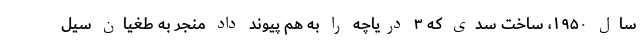
سال ۱۹۵۰، ساخت سدی که ۳ دریاچه را به هم پیوند داد منجر به طغیان سیل